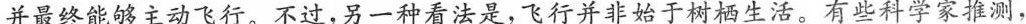
并最终能够主动飞行。不过，另一种看法是，飞行并非始于树栖生活。有些科学家推测，